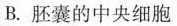
B.胚囊的中央细胞